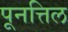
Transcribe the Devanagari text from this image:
पूनत्तिल